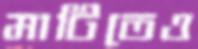
মাটিতেও